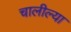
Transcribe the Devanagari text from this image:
चालील्या